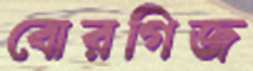
বোরগিজ